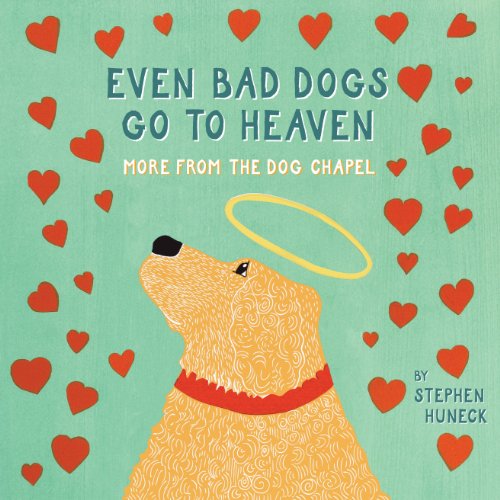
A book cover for Even Bad Dogs Go to Heaven: More from the Dog Chapel; Stephen Huneck; Self-Help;